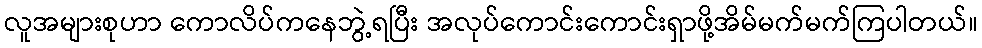
လူအများစုဟာ ကောလိပ်ကနေဘွဲ့ရပြီး အလုပ်ကောင်းကောင်းရှာဖို့အိမ်မက်မက်ကြပါတယ်။